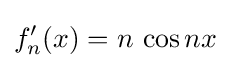
f'_{n}(x)=n\,\cos nx